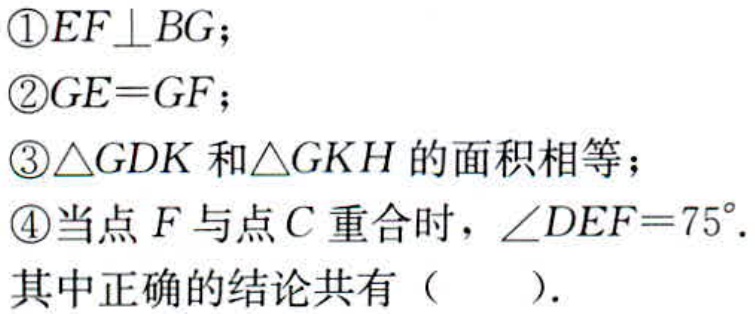
\textcircled{1}$EF\perp BG$；
\textcircled{2}$GE = GF$；
\textcircled{3}$\triangle GDK$和$\triangle GKH$的面积相等；
\textcircled{4}当点$F$与点$C$重合时，$\angle DEF = 75^{\circ}$.
其中正确的结论共有（  ）.